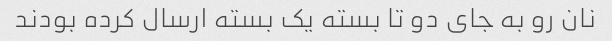
نان رو به جای دو تا بسته یک بسته ارسال کرده بودند